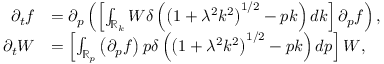
\begin{array} { r l } { \partial _ { t } f } & { = \partial _ { p } \left( \left[ \int _ { \mathbb { R } _ { k } } W \delta \left( \left( 1 + \lambda ^ { 2 } k ^ { 2 } \right) ^ { 1 / 2 } - p k \right) d k \right] \partial _ { p } f \right) , } \\ { \partial _ { t } W } & { = \left[ \int _ { \mathbb { R } _ { p } } \left( \partial _ { p } f \right) p \delta \left( \left( 1 + \lambda ^ { 2 } k ^ { 2 } \right) ^ { 1 / 2 } - p k \right) d p \right] W , } \end{array}